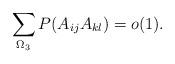
LaTeX: \begin{align*}\sum_{\Omega_3 }P(A_{ij}A_{kl})=o(1).\end{align*}